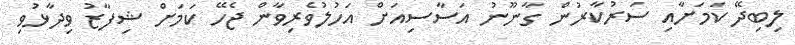
ލިބިދޭ ކަމަށާއި ސަރުކާރުން ގާނޫނު އަސާސިއަށް އަހުލުވެރިވާން ޖެހޭ ކަމަށް ޝިފާޒު ވިދާޅުވި